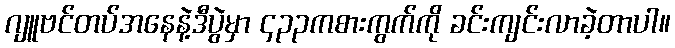
ဂျူဗင်တပ်အနေနဲ့ဒီပွဲမှာ ၄၃၃ကစားကွက်ကို ခင်းကျင်းလာခဲ့တာပါ။